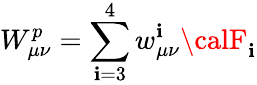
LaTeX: W_{\mu\nu}^{p}=\sum_{\mathbf{i}=3}^{4}w_{\mu\nu}^{\mathbf{i}}{\calF}_{\mathbf{i}}